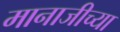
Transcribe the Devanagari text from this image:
मानाजीच्या